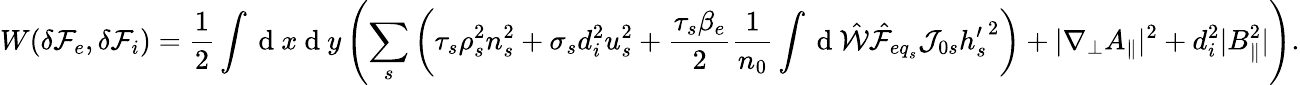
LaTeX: W(\delta{\mathcal F}_{e},\delta{\mathcal F}_{i})=\frac{1}{2}\int\mathrm{~d~}x\mathrm{~d~}y\left(\sum_{s}\left(\tau_{s}\rho_{s}^{2}n_{s}^{2}+\sigma_{s}d_{i}^{2}u_{s}^{2}+\frac{\tau_{s}\beta_{e}}{2}\frac{1}{n_{0}}\int\mathrm{~d~}\hat{\mathcal{W}}\hat{\mathcal{F}}_{{eq}_{s}}\mathcal{J}_{0s}{h_{s}^{\prime}}^{2}\right)+|\nabla_{\perp}A_{\parallel}|^{2}+d_{i}^{2}|B_{\parallel}^{2}|\right).